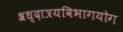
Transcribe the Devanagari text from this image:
श्रध्दात्रयविभागयोग